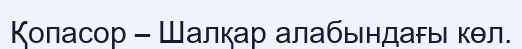
Қопасор – Шалқар алабындағы көл.